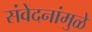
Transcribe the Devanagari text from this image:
संवेदनांमुळे